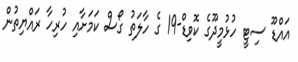
އައްޑޫ ސިޓީ ހުޅުމީދޫގެ ކޮވިޑް-19 ގެ ހާލަތު ގޯސް ކަމަށާއި ހުރިހާ ރައްޔިތުން